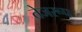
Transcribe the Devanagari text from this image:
तेजरूप